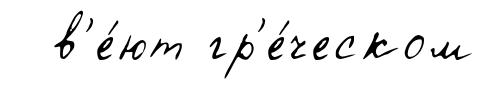
в'е́ют гр'е́ческом